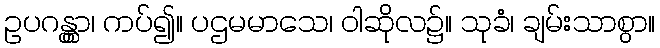
ဥပဂန္တွာ၊ ကပ်၍။ ပဌမမာသေ၊ ဝါဆိုလ၌။ သုခံ၊ ချမ်းသာစွာ။